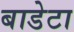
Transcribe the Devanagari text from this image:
बाडेटा